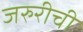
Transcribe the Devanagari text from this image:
जरुरीची